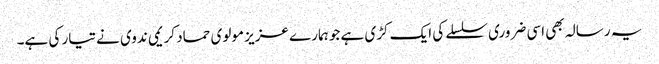
یہ رسالہ بھی اسی ضروری سلسلے کی ایک کڑی ہے جو ہمارے عزیز مولوی حماد کریمی ندوی نے تیار کی ہے۔